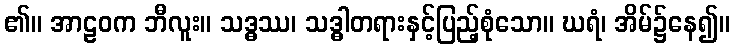
၏။ အာဠဝက ဘီလူး။ သဒ္ဓဿ၊ သဒ္ဓါတရားနှင့်ပြည့်စုံသော။ ဃရံ၊ အိမ်၌နေ၍။